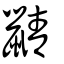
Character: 鼱